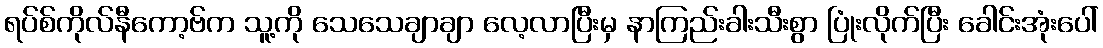
ရပ်စ်ကိုလ်နီကော့ဗ်က သူ့ကို သေသေချာချာ လေ့လာပြီးမှ နာကြည်းခါးသီးစွာ ပြုံးလိုက်ပြီး ခေါင်းအုံးပေါ်